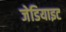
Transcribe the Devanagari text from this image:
जेडियाइट